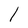
Character: 1